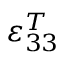
\varepsilon _ { 3 3 } ^ { T }